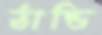
ঠান্ডি